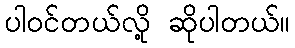
ပါဝင်တယ်လို့ ဆိုပါတယ်။